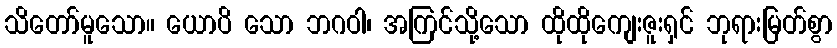
သိတော်မူသော။ ယောပိ သော ဘဂဝါ၊ အကြင်သို့သော ထိုထိုကျေးဇူးရှင် ဘုရားမြတ်စွာ